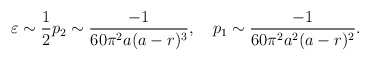
\begin{align*}\varepsilon \sim \frac{1}{2}p_2\sim \frac{-1}{60\pi ^2a(a-r)^3},\quad p_1\sim \frac{-1}{60\pi ^2a^2(a-r)^2}.\end{align*}